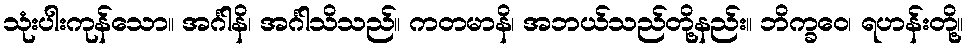
သုံးပါးကုန်သော။ အင်္ဂါနိ၊ အင်္ဂါသိသည်။ ကတမာနိ၊ အဘယ်သည်တို့နည်း။ ဘိက္ခဝေ၊ ရဟန်းတို့။